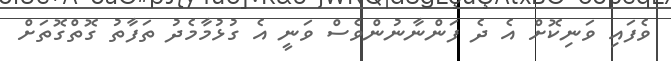
ވެފައި ވަނިކޮށް އެ ދެ ފަންނާނުންވެސް ވަނީ އެ ގުޅުމާމެދު ތަފާތު ގޮތްގޮތަށް